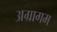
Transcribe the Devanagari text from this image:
अग्रागम